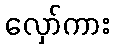
လှော်ကား